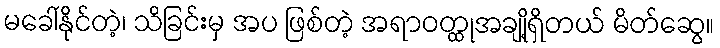
မခေါ်နိုင်တဲ့၊ သိခြင်းမှ အပ ဖြစ်တဲ့ အရာဝတ္ထုအချို့ရှိတယ် မိတ်ဆွေ။